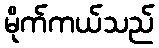
မိုက်ကယ်သည်